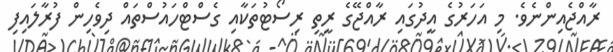
ރާއްޖެއިންނެވެ. މި އަހަރުގެ އީދުގައި ރާއްޖޭގެ ރީތި ރިސޯޓުތަކާއި ގެސްޓްހައުސްތައް ދިވެހިން ފުރާލައިފި